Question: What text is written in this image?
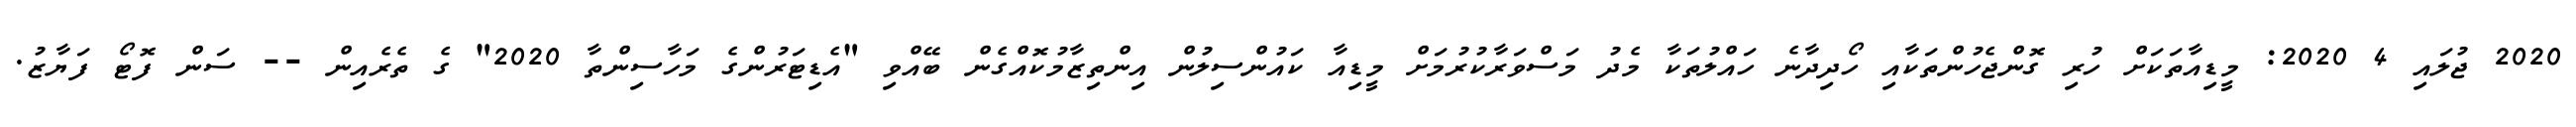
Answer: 2020 ޖުލައި 4 2020: މީޑިއާތަކަށް ހުރި ގޮންޖެހުންތަކާއި ހޯދިދާނެ ހައްލުތަކާ މެދު މަސްވަރާކުރުމަށް މީޑިއާ ކައުންސިލުން އިންތިޒާމުކޮއްގެން ބޭއްވި "އެޑިޓަރުންގެ މަހާސިންތާ 2020" ގެ ތެރެއިން -- ސަން ފޮޓޯ ފަޔާޒު.